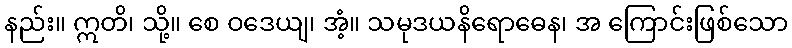
နည်း။ ဣတိ၊ သို့။ စေ ဝဒေယျ၊ အံ့။ သမုဒယနိရောဓေန၊ အ ကြောင်းဖြစ်သော